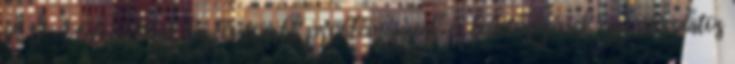
4 17 A települések legfontosabb problémájának és lehetőségének egy mondatos